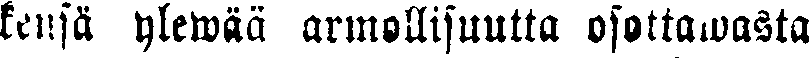
kensä ylewää armollisuutta osottawasta